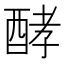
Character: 酵